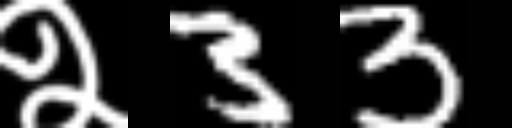
Text: २33